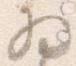
為